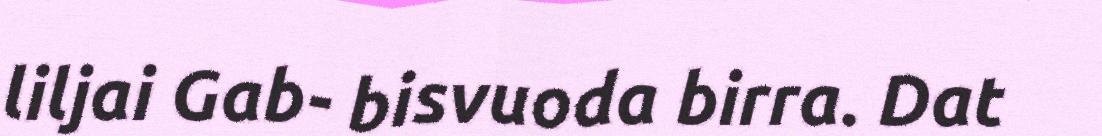
liljai Gab- bisvuoda birra. Dat